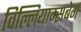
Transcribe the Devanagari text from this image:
विल्लियाम्सबेर्ग